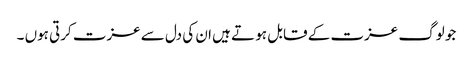
جو لوگ عزت کے قابل ہو تے ہیں ان کی دل سے عزت کرتی ہوں ۔